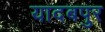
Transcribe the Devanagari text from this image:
यादबपुर